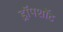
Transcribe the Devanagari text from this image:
ड्रॉपशॉट